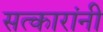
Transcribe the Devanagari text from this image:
सत्कारांनी